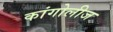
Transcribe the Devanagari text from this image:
कांगोलीज